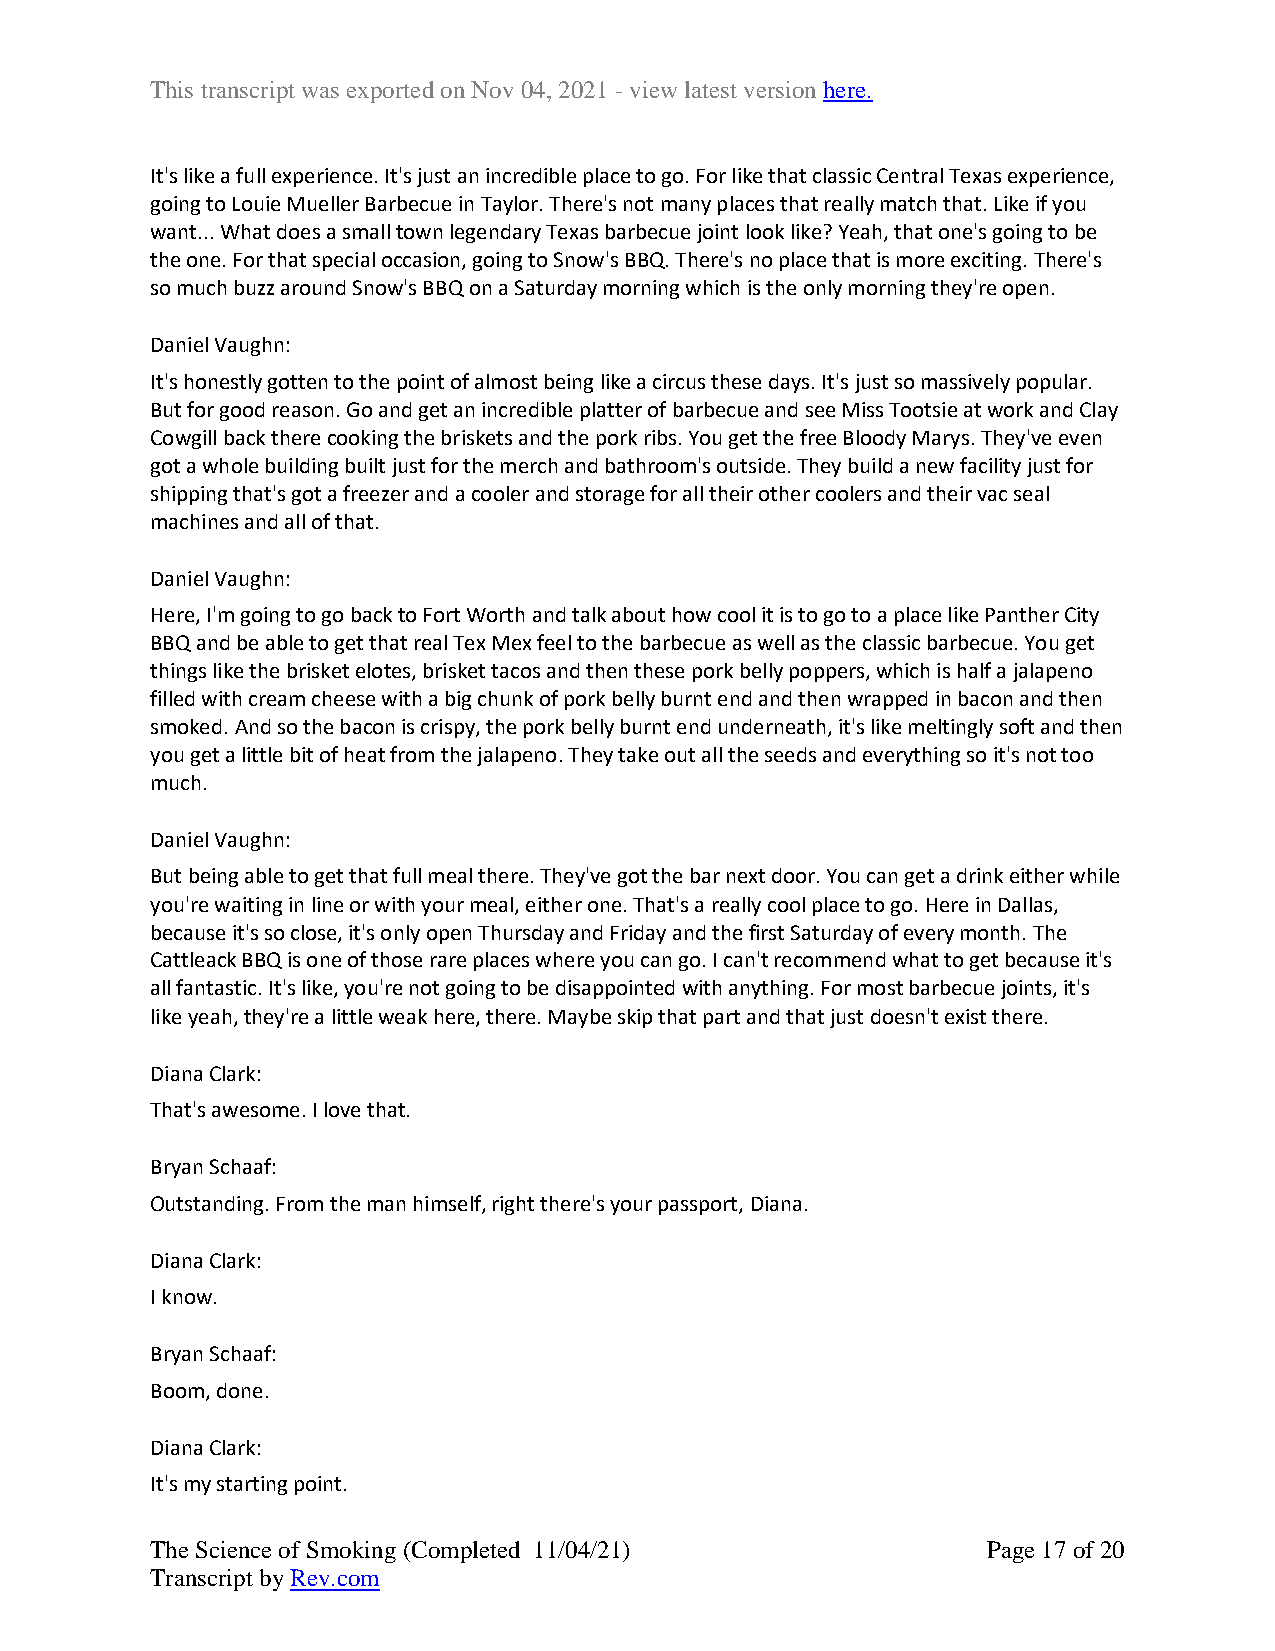
This transcript was exported on Nov 04, 2021 - view latest version here.
 It's like a full experience. It's just an incredible place to go. For like that classic Central Texas experience,
 going to Louie Mueller Barbecue in Taylor. There's not many places that really match that. Like if you
 want... What does a small town legendary Texas barbecue joint look like? Yeah, that one's going to be
 the one. For that special occasion, going to Snow's BBQ. There's no place that is more exciting. There's
 so much buzz around Snow's BBQ on a Saturday morning which is the only morning they're open.
 Daniel Vaughn:
 It's honestly gotten to the point of almost being like a circus these days. It's just so massively popular.
 But for good reason. Go and get an incredible platter of barbecue and see Miss Tootsie at work and Clay
 Cowgill back there cooking the briskets and the pork ribs. You get the free Bloody Marys. They've even
 got a whole building built just for the merch and bathroom's outside. They build a new facility just for
 shipping that's got a freezer and a cooler and storage for all their other coolers and their vac seal
 machines and all of that.
 Daniel Vaughn:
 Here, I'm going to go back to Fort Worth and talk about how cool it is to go to a place like Panther City
 BBQ and be able to get that real Tex Mex feel to the barbecue as well as the classic barbecue. You get
 things like the brisket elotes, brisket tacos and then these pork belly poppers, which is half a jalapeno
 filled with cream cheese with a big chunk of pork belly burnt end and then wrapped in bacon and then
 smoked. And so the bacon is crispy, the pork belly burnt end underneath, it's like meltingly soft and then
 you get a little bit of heat from the jalapeno. They take out all the seeds and everything so it's not too
 much.
 Daniel Vaughn:
 But being able to get that full meal there. They've got the bar next door. You can get a drink either while
 you're waiting in line or with your meal, either one. That's a really cool place to go. Here in Dallas,
 because it's so close, it's only open Thursday and Friday and the first Saturday of every month. The
 Cattleack BBQ is one of those rare places where you can go. I can't recommend what to get because it's
 all fantastic. It's like, you're not going to be disappointed with anything. For most barbecue joints, it's
 like yeah, they're a little weak here, there. Maybe skip that part and that just doesn't exist there.
 Diana Clark:
 That's awesome. I love that.
 Bryan Schaaf:
 Outstanding. From the man himself, right there's your passport, Diana.
 Diana Clark:
 I know.
 Bryan Schaaf:
 Boom, done.
 Diana Clark:
 It's my starting point.
 The Science of Smoking (Completed 11/04/21)            Page 17 of 20
 Transcript by Rev.com